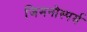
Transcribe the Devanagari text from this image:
जिमनोस्पर्म